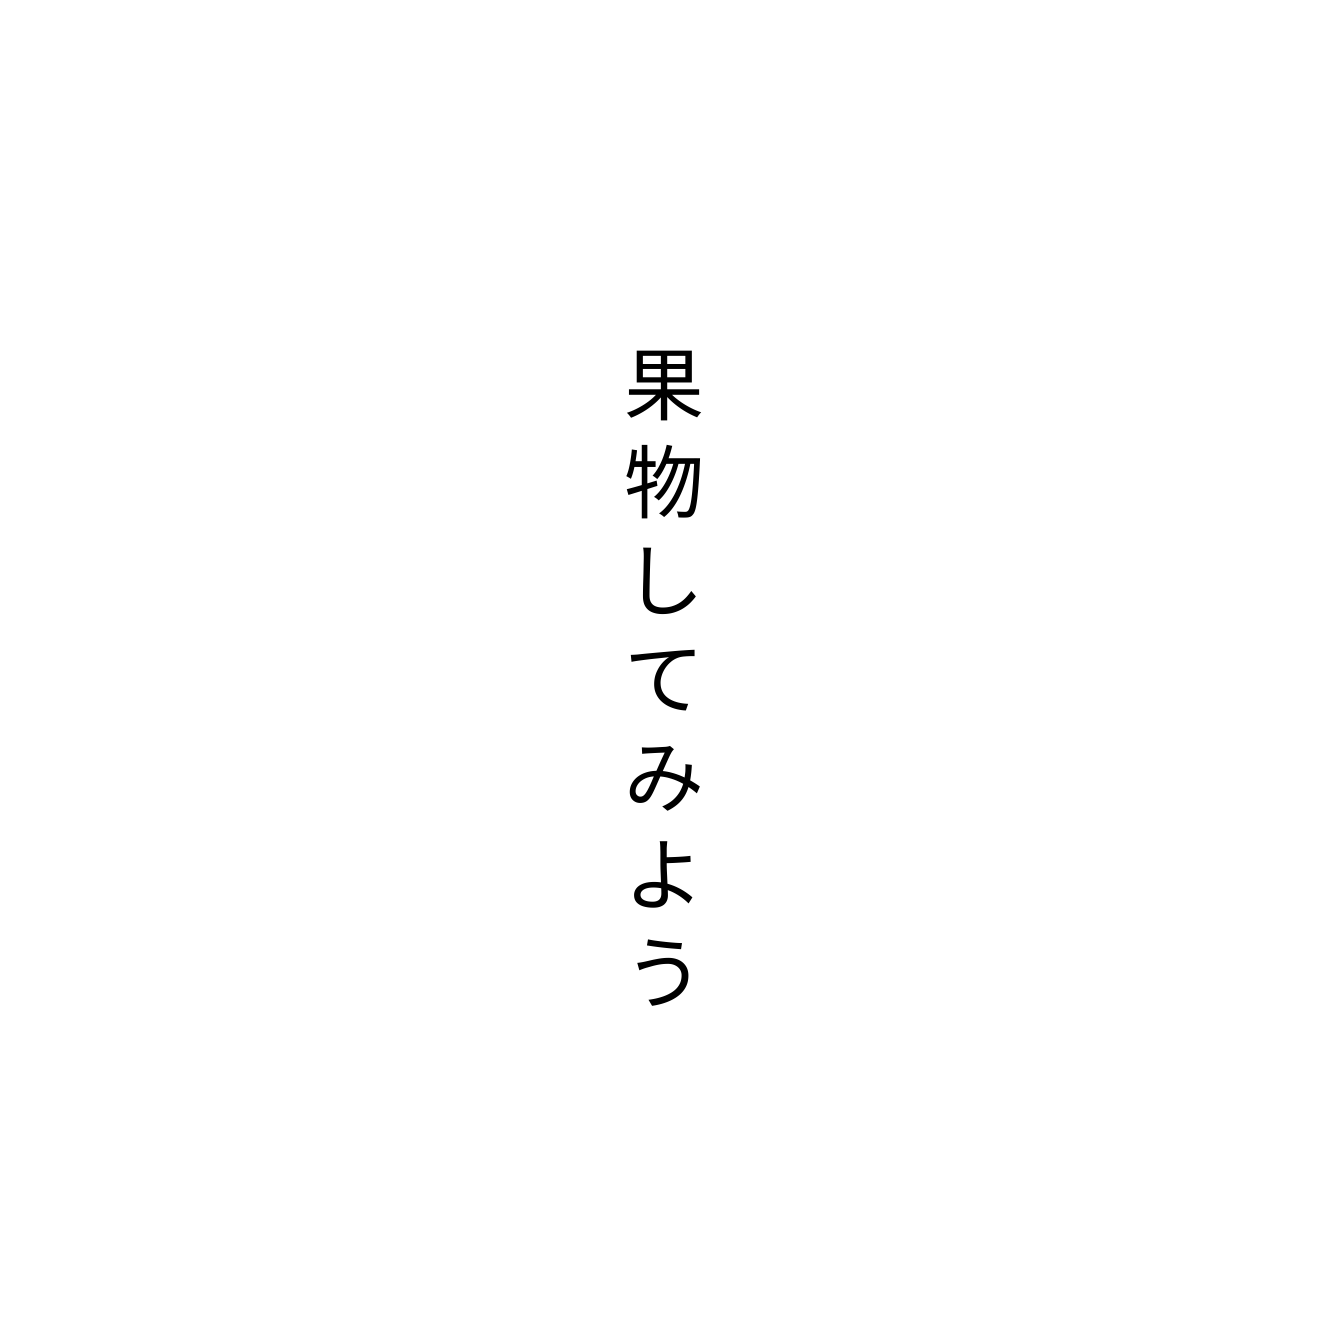
果物してみよう